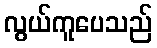
လွယ်ကူပေသည်